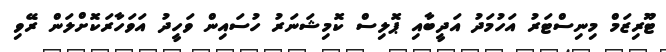
ޓޫރިޒަމް މިނިސްޓަރު އަހުމަދު އަދީބާއި ޕޮލިސް ކޮމިޝަނަރު ހުސައިން ވަހީދު އަވަހާރަކޮށްލަން ރޭވި